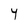
Character: Y